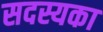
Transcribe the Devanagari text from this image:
सदस्यका